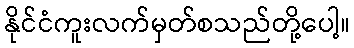
နိုင်ငံကူးလက်မှတ်စသည်တို့ပေါ့။